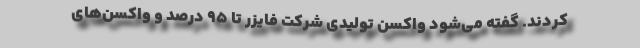
کردند. گفته می‌شود واکسن تولیدی شرکت فایزر تا ۹۵ درصد و واکسن‌های